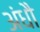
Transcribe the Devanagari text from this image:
अंधौ